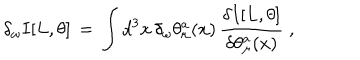
\delta _ { \omega } I [ L , \theta ] \, = \, \int d ^ { 3 } x \, \delta _ { \omega } \theta _ { \mu } ^ { a } ( x ) \, \frac { \delta I [ L , \theta ] } { \delta \theta _ { \mu } ^ { a } ( x ) } \; ,